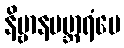
နိဗ္ဗာနပဗ္ဘာရံပေ